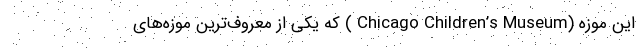
این موزه (Chicago Children’s Museum ) که یکی از معروف‌ترین موزه‌های